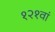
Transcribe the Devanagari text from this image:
१२१वां